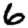
Digit: 6